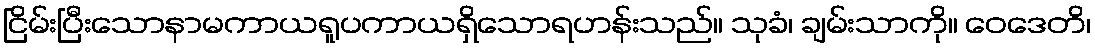
ငြိမ်းပြီးသောနာမကာယရူပကာယရှိသောရဟန်းသည်။ သုခံ၊ ချမ်းသာကို။ ဝေဒေတိ၊